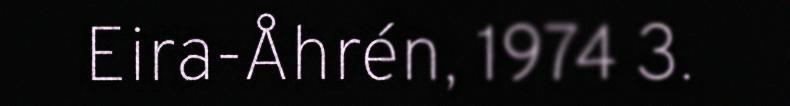
Eira-Åhrén, 1974 3.